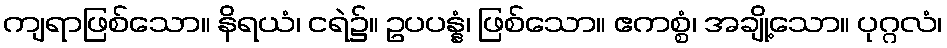
ကျရာဖြစ်သော။ နိရယံ၊ ငရဲ၌။ ဥပပန္နံ၊ ဖြစ်သော။ ဧကစ္စံ၊ အချို့သော။ ပုဂ္ဂလံ၊